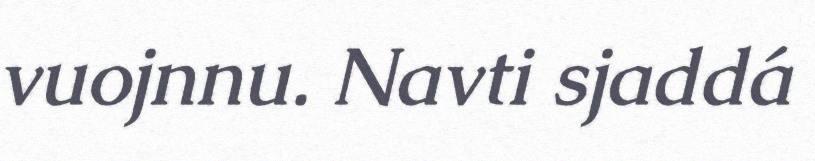
vuojnnu. Navti sjaddá